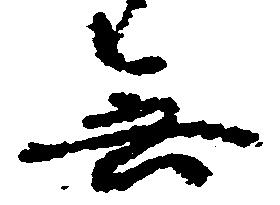
無